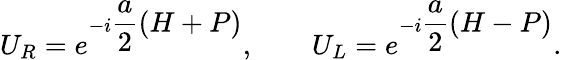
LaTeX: U_{R}=e^{-i\displaystyle\frac{a}{2}(H+P)},\qquad U_{L}=e^{-i\displaystyle\frac{a}{2}(H-P)}.